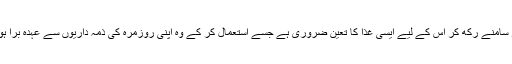
پس ہر انسان کے فرائض حیات کو سامنے رکھ کر اس کے لیے ایسی غذا کا تعین ضروری ہے جسے استعمال کر کے وہ اپنی روزمرہ کی ذمہ داریوں سے عہدہ برآ ہو کر صحت مند اور تندرست رہے۔